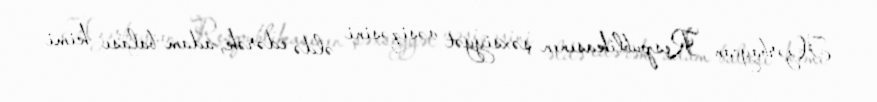
Azərbaycan Respublikasının şəxsiyyət vəsiqəsini əldə edərək, adam balası kimi